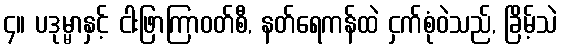
၄။ ပဒုမ္မာနှင့် ငါးဖြာကြာဝတ်စီ, နတ်ရေကန်ထဲ ငှက်စုံဝဲသည်, ခြိမ့်သဲ